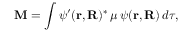
\mathbf { M } = \int \psi ^ { \prime } ( \mathbf { r } , \mathbf { R } ) ^ { \ast } \, \boldsymbol { \mu } \, \psi ( \mathbf { r } , \mathbf { R } ) \, d \tau ,